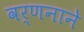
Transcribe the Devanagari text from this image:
वर्णनाने